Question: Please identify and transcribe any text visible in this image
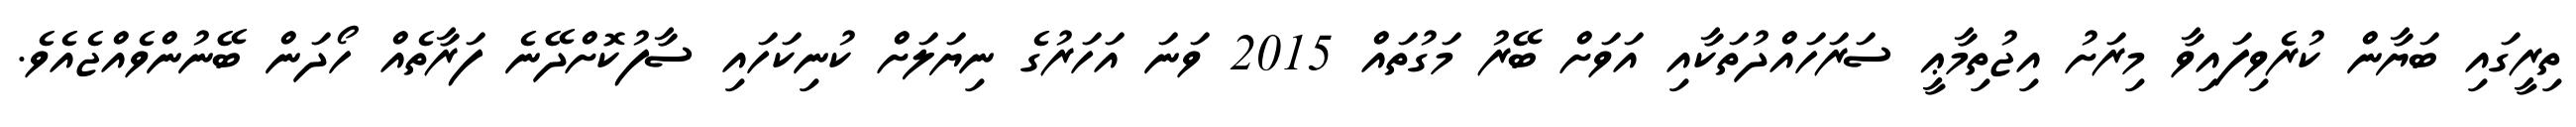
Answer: ތިރީގައި ބަޔާން ކުރެވިފައިވާ މިރަށު އިޖުތިމާޢީ ސަރަހައްދުތަކާއި އަވަށް ބޭރު މަގުތައް 2015 ވަނަ އަހަރުގެ ނިޔަލަށް ކުނިކަހައި ސާފުކޮށްދޭނެ ފަރާތެއް ހޯދަން ބޭނުންވެއްޖެއެވެ.